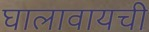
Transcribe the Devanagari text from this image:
घालावायची